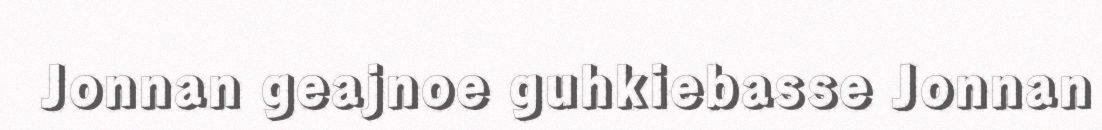
Jonnan geajnoe guhkiebasse Jonnan